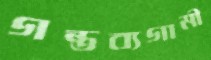
গন্তব্যগামী